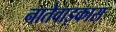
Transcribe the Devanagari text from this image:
नातेवाइकास